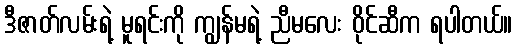
ဒီဇာတ်လမ်းရဲ့ မူရင်းကို ကျွန်မရဲ့ ညီမလေး ဝိုင်ဆီက ရပါတယ်။